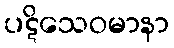
ပဋိသေဝမာနာ